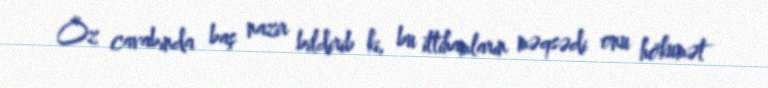
Öz cavabında baş nazir bildirib ki, bu ittihamların məqsədi onu hökumət